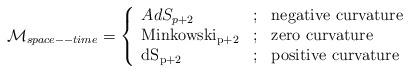
LaTeX: \begin{align*}\mathcal{M}_{space--time}=\left \{ \begin{array}{lcl} AdS_{p+2} & ;& \mbox{negative curvature}\\ \mathrm{Minkowski_{p+2}}&;& \mbox{zero curvature}\\\mathrm{dS_{p+2}} &;& \mbox{positive curvature}\ \end{array}\right.\end{align*}